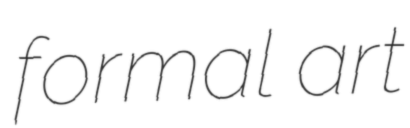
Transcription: formal art